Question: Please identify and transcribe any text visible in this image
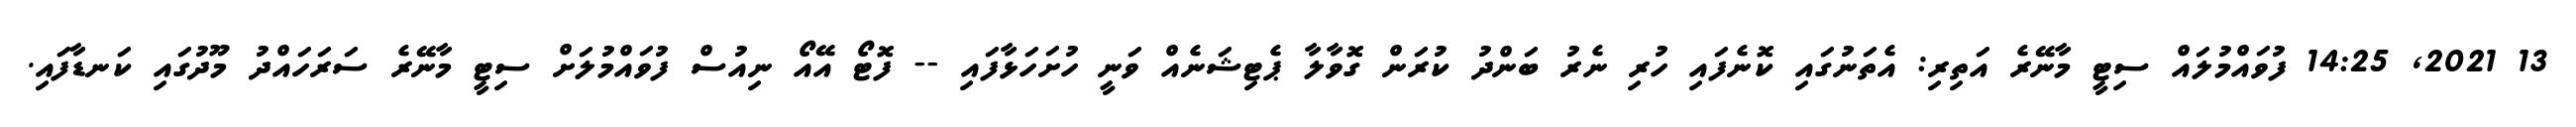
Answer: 13 2021, 14:25 ފުވައްމުލައް ސިޓީ މާނޭރެ އަތިރި: އެތަނުގައި ކޮނެފައި ހުރި ނެރު ބަންދު ކުރަން ގޮވާލާ ޕެޓިޝަނެއް ވަނީ ހުށަހަޅާފައި -- ފޮޓޯ އޭއޯ ނިއުސް ފުވައްމުލަށް ސިޓީ މާނޭރެ ސަރަހައްދު މޫދުގައި ކަނޑާފައި.